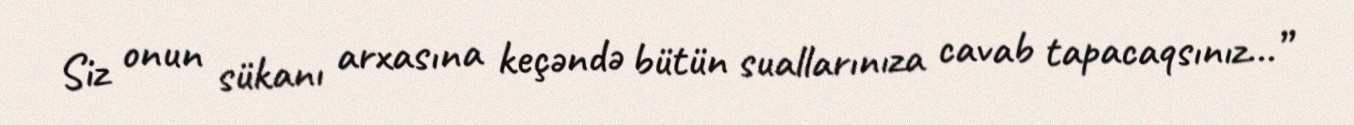
Siz onun sükanı arxasına keçəndə bütün suallarınıza cavab tapacaqsınız...”